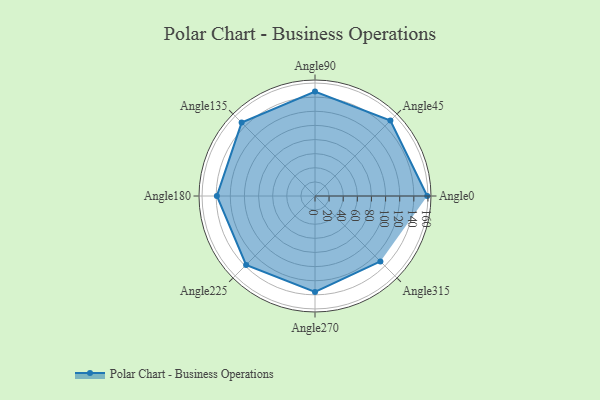
{"axis": {"x": "Angle", "y": "Radius"}, "legend": [""], "data": [{"x": "Angle0", "y": 159.0, "type": ""}, {"x": "Angle45", "y": 151.0, "type": ""}, {"x": "Angle90", "y": 148.0, "type": ""}, {"x": "Angle135", "y": 147.0, "type": ""}, {"x": "Angle180", "y": 139.0, "type": ""}, {"x": "Angle225", "y": 138.0, "type": ""}, {"x": "Angle270", "y": 136.0, "type": ""}, {"x": "Angle315", "y": 131.0, "type": ""}]}